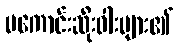
မကောင်းဆိုးဝါးများ၏